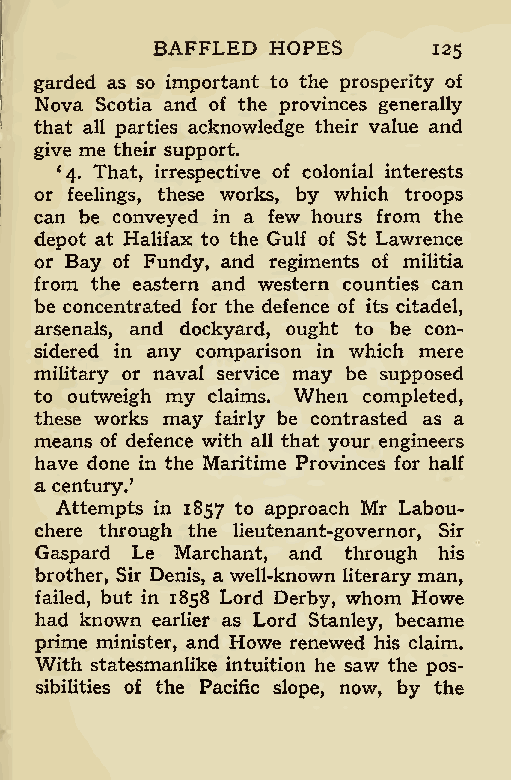
BAFFLED HOPES
 125
 garded as so important to the prosperity of
 Nova Scotia and of the provinces generally
 that all parties acknowledge their value and
 give me their support.
 ‘4. That, irrespective of colonial interests
 or feelings, these works, by which troops
 can be conveyed in a few hours from the
 depot at Halifax to the Gulf of St Lawrence
 or Bay of Fundy, and regiments of militia
 from the eastern and western counties can
 be concentrated for the defence of its citadel,
 arsenals, and dockyard, ought to be con-
 sidered in any comparison in which mere
 military or naval service may be supposed
 to outweigh my claims. When completed,
 these works may fairly be contrasted as a
 means of defence with all that your engineers
 have done in the Maritime Provinces for half
 a century/
 Attempts in 1857 to approach Mr Labou-
 chere through the lieutenant-governor, Sir
 Gaspard Le Marchant, and through his
 brother, Sir Denis, a well-known literary man,
 failed, but in 1858 Lord Derby, whom Howe
 had known earlier as Lord Stanley, became
 prime minister, and Howe renewed his claim.
 With statesmanlike intuition he saw the pos-
 sibilities of the Pacific slope, now, by the